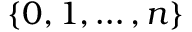
\{ 0 , 1 , \ldots , n \}